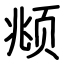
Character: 𫖯